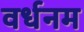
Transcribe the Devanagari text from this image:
वर्धनम